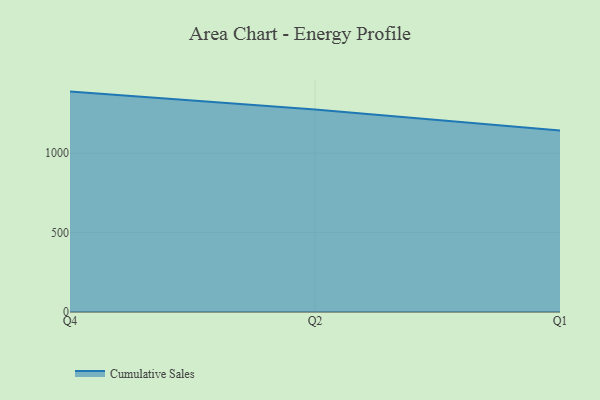
{"axis": {"x": "Quarter", "y": "Production Output"}, "legend": ["Cumulative Sales"], "data": [{"x": "Q4", "y": 1387.1, "type": "Cumulative Sales"}, {"x": "Q2", "y": 1274.9, "type": "Cumulative Sales"}, {"x": "Q1", "y": 1141.8, "type": "Cumulative Sales"}]}